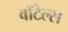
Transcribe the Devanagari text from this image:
वॉटेल्स